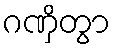
ဂဏှိတွာ